Indian journal of veterinary science and animal husbandry - Volume 1,
Year: 1931
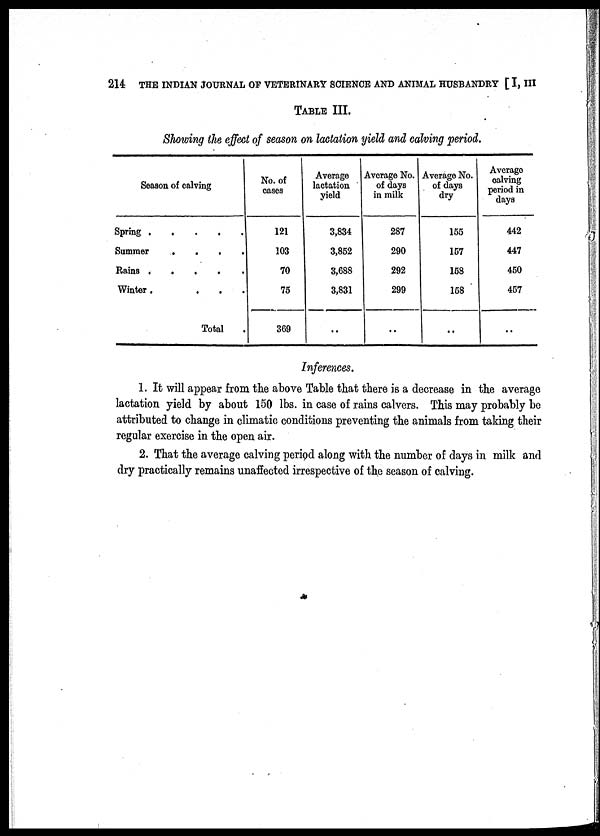
214 THE INDIAN JOURNAL OF VETERINARY SCIENCE AND ANIMAL HUSBANDRY [ I, III
TABLE III.
Showing the effect of season on lactation yield and calving period.
Season of calving
Spring
Summer
Rains
Winter
.
.
.
.
.
.
.
.
.
.
.
.
.
.
.
.
Total
.
.
.
.
.
No. of
cases
121
103
70
75
369
Average
lactation
yield
3,834
3,852
3,688
3,831
..
Average No.
of days
in milk
287
290
292
299
..
Average No.
of days
dry
155
157
158
158
..
Average
calving
period in
days
442
447
450
457
..
Inferences.
1. It will appear from the above Table that there is a decrease in the average
lactation yield by about 150 lbs. in case of rains calvers. This may probably be
attributed to change in climatic conditions preventing the animals from taking their
regular exercise in the open air.
2. That the average calving period along with the number of days in milk and
dry practically remains unaffected irrespective of the season of calving.